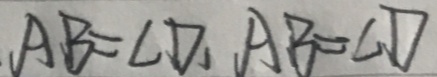
A B = \angle D _ { 1 } A B = \angle D